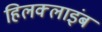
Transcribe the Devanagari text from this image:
हिलक्‍लाइंब